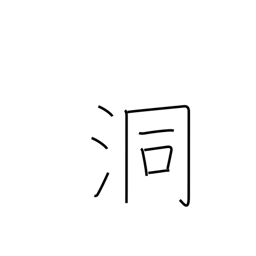
Meaning: den